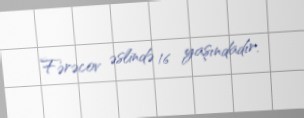
Fərəcov əslində 16 yaşındadır.